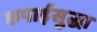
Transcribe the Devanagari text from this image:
छपाईसुद्धा